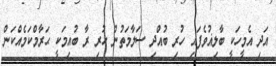
އަދި އެމީހަކީ ބާލިޣުވެފައި ހުރި ބުއްދި ސަލާމަތުން ހުރި ރާ ބުއިމަކީ ޙަރާމްކަމެއްކަން